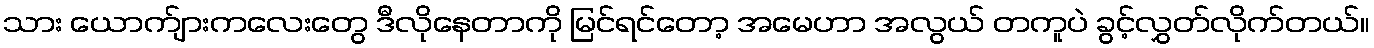
သား ယောက်ျားကလေးတွေ ဒီလိုနေတာကို မြင်ရင်တော့ အမေဟာ အလွယ် တကူပဲ ခွင့်လွှတ်လိုက်တယ်။